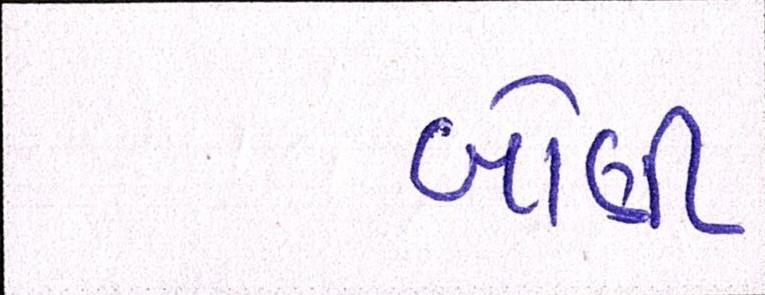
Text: બોણી